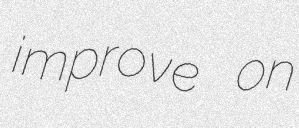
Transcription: improve on